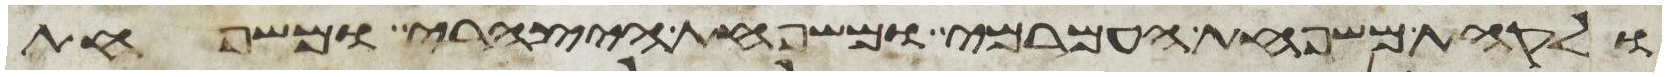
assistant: ולקהת משפחת העמרמי ומשפחת היצהרי ומשפחת